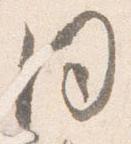
同